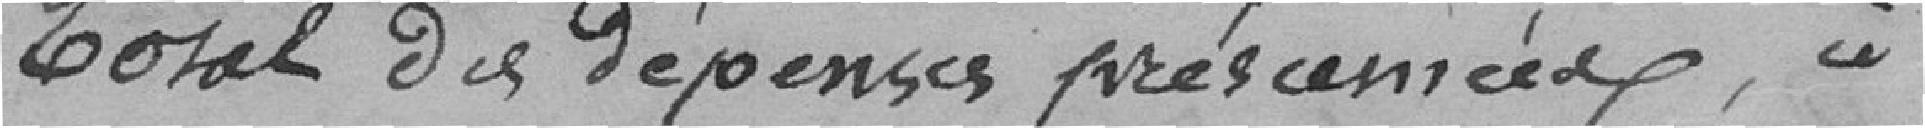
Total des dépenses prés cennées ?? à